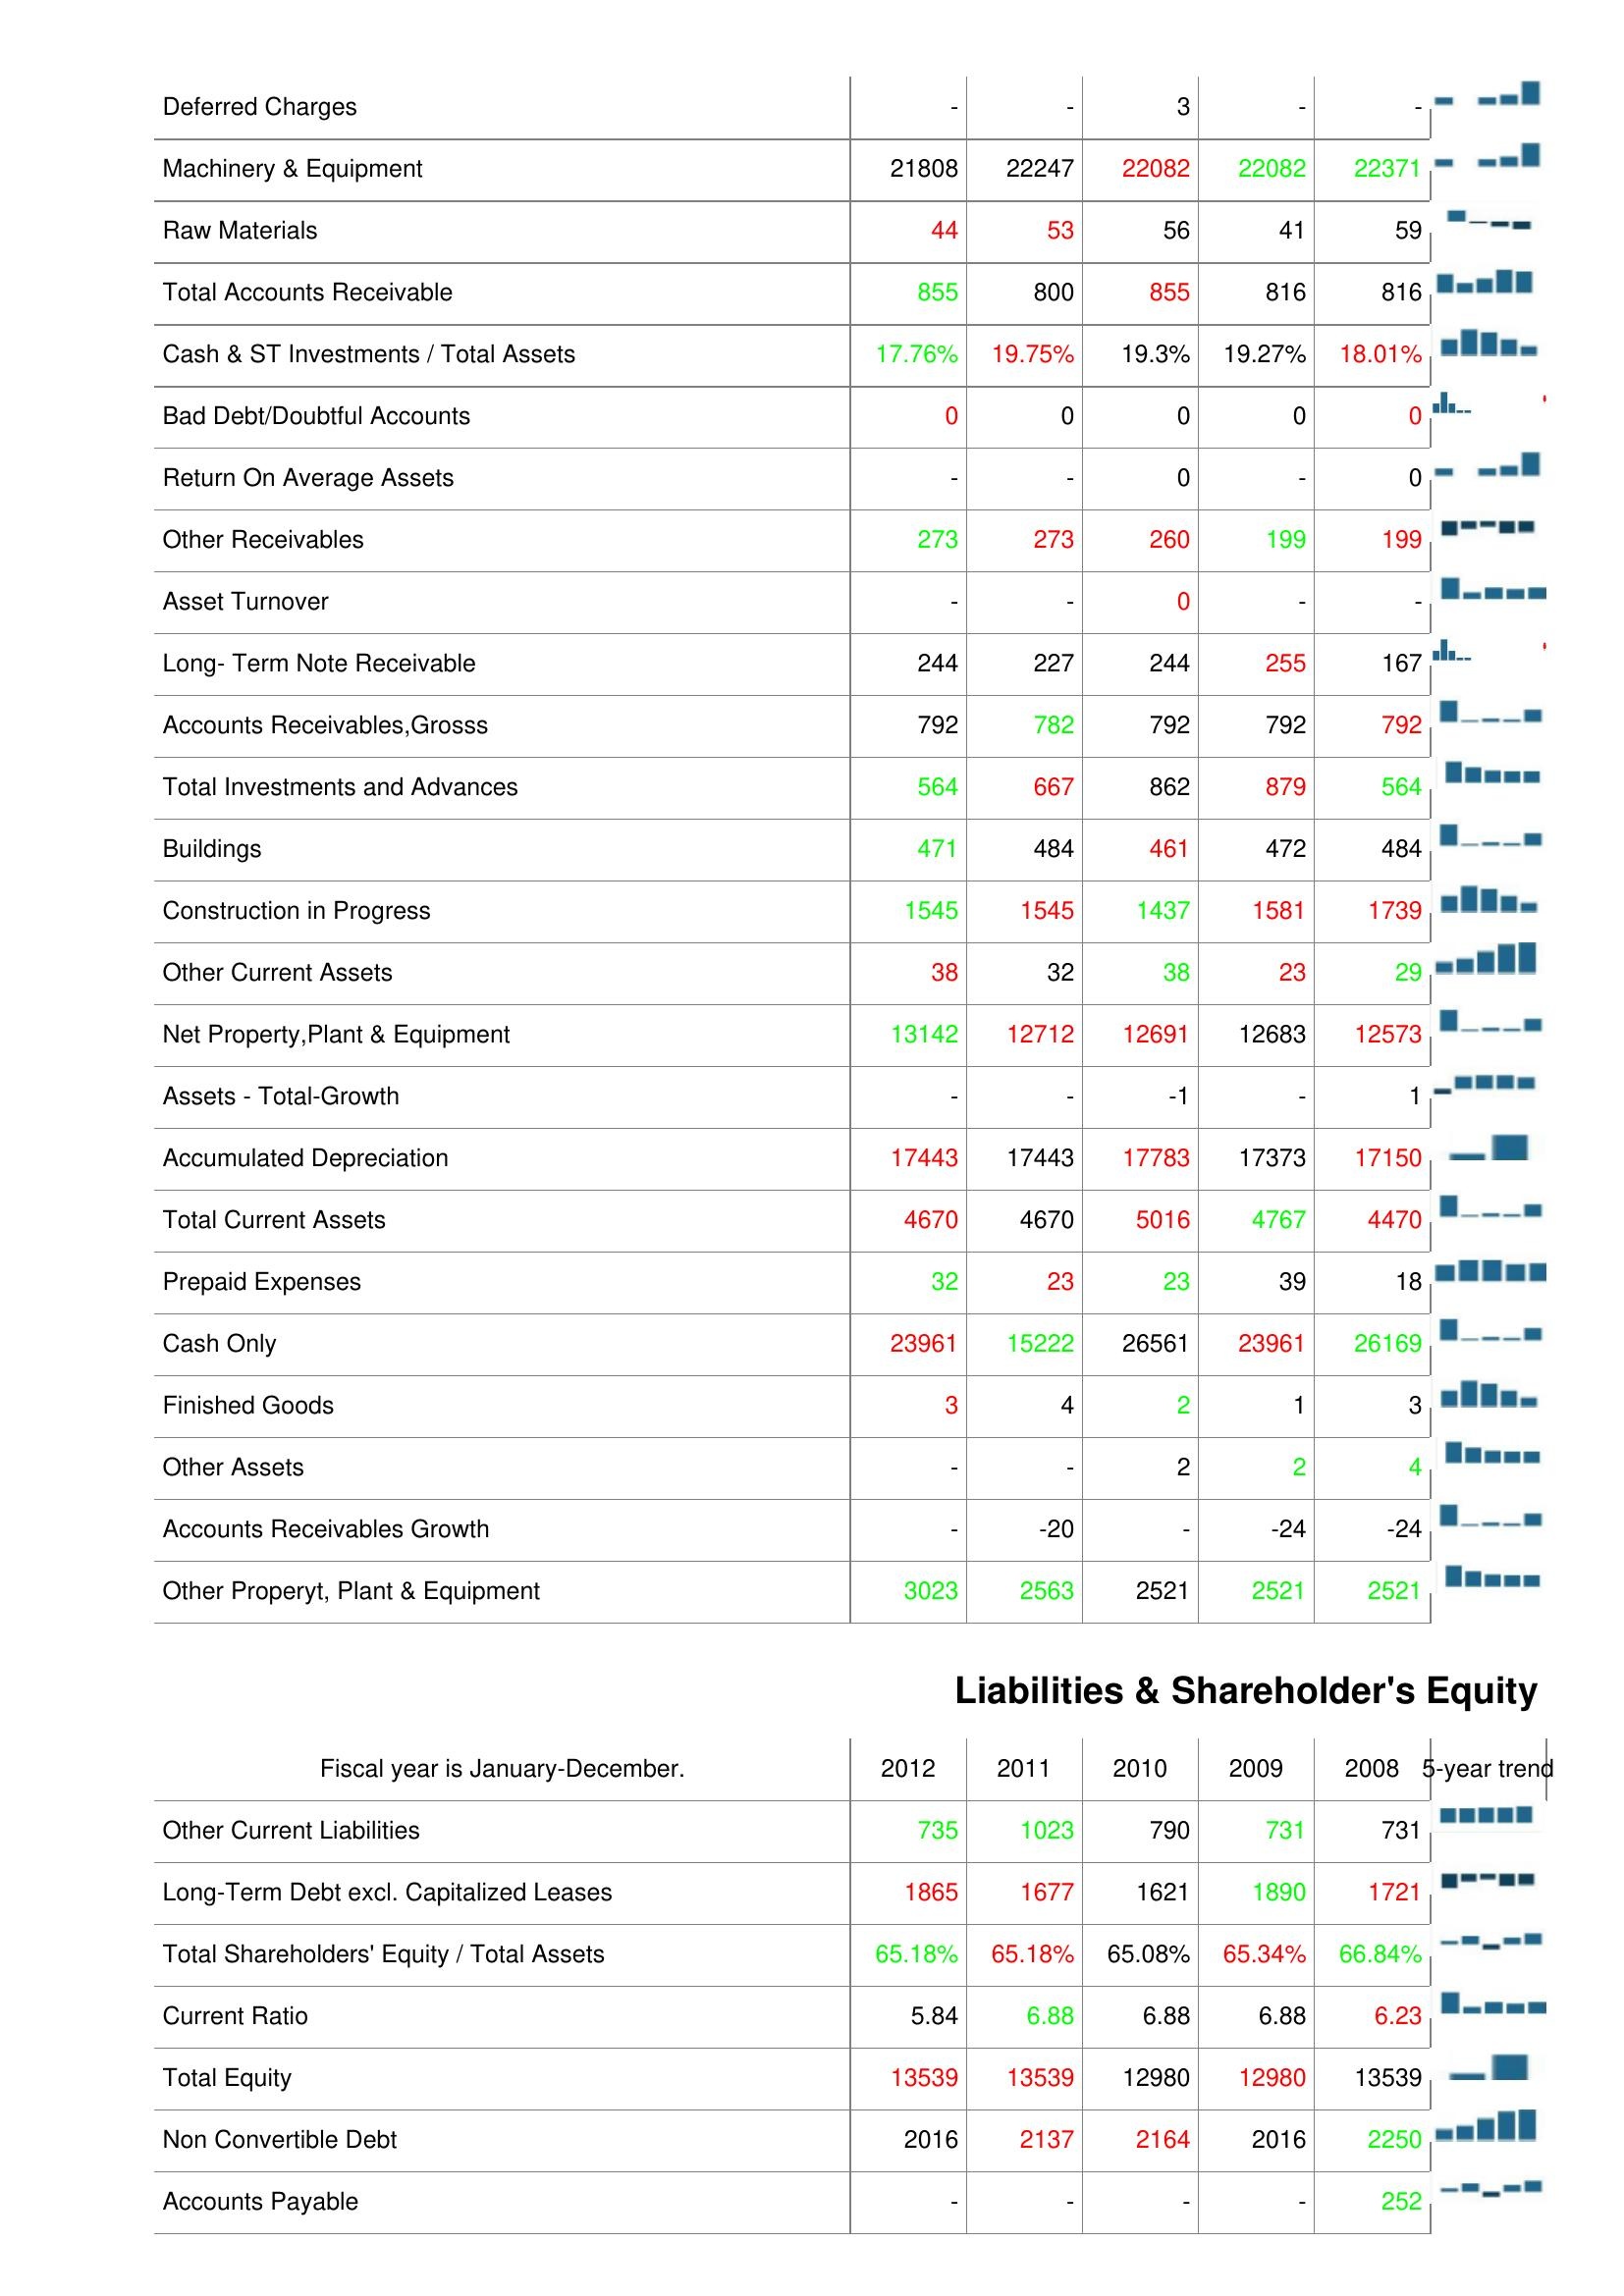
2012: Assets: Deferred Charges: -
Machinery & Equipment: 21808
Raw Materials: 44
Total Accounts Receivable: 855
Cash & ST Investments / Total Assets: 17.76%
Bad Debt/Doubtful Accounts: 0
Return On Average Assets: -
Other Receivables: 273
Asset Turnover: -
Long- Term Note Receivable: 244
Accounts Receivables,Grosss: 792
Total Investments and Advances: 564
Buildings: 471
Construction in Progress: 1545
Other Current Assets: 38
Net Property,Plant & Equipment: 13142
Assets - Total-Growth: -
Accumulated Depreciation: 17443
Total Current Assets: 4670
Prepaid Expenses: 32
Cash Only: 23961
Finished Goods: 3
Other Assets: -
Accounts Receivables Growth: -
Other Properyt, Plant & Equipment: 3023
Liabilities & Shareholder's Equity: Other Current Liabilities: 735
Long-Term Debt excl. Capitalized Leases: 1865
Total Shareholders' Equity / Total Assets: 65.18%
Current Ratio: 5.84
Total Equity: 13539
Non Convertible Debt: 2016
Accounts Payable: -
2011: Assets: Deferred Charges: -
Machinery & Equipment: 22247
Raw Materials: 53
Total Accounts Receivable: 800
Cash & ST Investments / Total Assets: 19.75%
Bad Debt/Doubtful Accounts: 0
Return On Average Assets: -
Other Receivables: 273
Asset Turnover: -
Long- Term Note Receivable: 227
Accounts Receivables,Grosss: 782
Total Investments and Advances: 667
Buildings: 484
Construction in Progress: 1545
Other Current Assets: 32
Net Property,Plant & Equipment: 12712
Assets - Total-Growth: -
Accumulated Depreciation: 17443
Total Current Assets: 4670
Prepaid Expenses: 23
Cash Only: 15222
Finished Goods: 4
Other Assets: -
Accounts Receivables Growth: -20
Other Properyt, Plant & Equipment: 2563
Liabilities & Shareholder's Equity: Other Current Liabilities: 1023
Long-Term Debt excl. Capitalized Leases: 1677
Total Shareholders' Equity / Total Assets: 65.18%
Current Ratio: 6.88
Total Equity: 13539
Non Convertible Debt: 2137
Accounts Payable: -
2010: Assets: Deferred Charges: 3
Machinery & Equipment: 22082
Raw Materials: 56
Total Accounts Receivable: 855
Cash & ST Investments / Total Assets: 19.3%
Bad Debt/Doubtful Accounts: 0
Return On Average Assets: 0
Other Receivables: 260
Asset Turnover: 0
Long- Term Note Receivable: 244
Accounts Receivables,Grosss: 792
Total Investments and Advances: 862
Buildings: 461
Construction in Progress: 1437
Other Current Assets: 38
Net Property,Plant & Equipment: 12691
Assets - Total-Growth: -1
Accumulated Depreciation: 17783
Total Current Assets: 5016
Prepaid Expenses: 23
Cash Only: 26561
Finished Goods: 2
Other Assets: 2
Accounts Receivables Growth: -
Other Properyt, Plant & Equipment: 2521
Liabilities & Shareholder's Equity: Other Current Liabilities: 790
Long-Term Debt excl. Capitalized Leases: 1621
Total Shareholders' Equity / Total Assets: 65.08%
Current Ratio: 6.88
Total Equity: 12980
Non Convertible Debt: 2164
Accounts Payable: -
2009: Assets: Deferred Charges: -
Machinery & Equipment: 22082
Raw Materials: 41
Total Accounts Receivable: 816
Cash & ST Investments / Total Assets: 19.27%
Bad Debt/Doubtful Accounts: 0
Return On Average Assets: -
Other Receivables: 199
Asset Turnover: -
Long- Term Note Receivable: 255
Accounts Receivables,Grosss: 792
Total Investments and Advances: 879
Buildings: 472
Construction in Progress: 1581
Other Current Assets: 23
Net Property,Plant & Equipment: 12683
Assets - Total-Growth: -
Accumulated Depreciation: 17373
Total Current Assets: 4767
Prepaid Expenses: 39
Cash Only: 23961
Finished Goods: 1
Other Assets: 2
Accounts Receivables Growth: -24
Other Properyt, Plant & Equipment: 2521
Liabilities & Shareholder's Equity: Other Current Liabilities: 731
Long-Term Debt excl. Capitalized Leases: 1890
Total Shareholders' Equity / Total Assets: 65.34%
Current Ratio: 6.88
Total Equity: 12980
Non Convertible Debt: 2016
Accounts Payable: -
2008: Assets: Deferred Charges: -
Machinery & Equipment: 22371
Raw Materials: 59
Total Accounts Receivable: 816
Cash & ST Investments / Total Assets: 18.01%
Bad Debt/Doubtful Accounts: 0
Return On Average Assets: 0
Other Receivables: 199
Asset Turnover: -
Long- Term Note Receivable: 167
Accounts Receivables,Grosss: 792
Total Investments and Advances: 564
Buildings: 484
Construction in Progress: 1739
Other Current Assets: 29
Net Property,Plant & Equipment: 12573
Assets - Total-Growth: 1
Accumulated Depreciation: 17150
Total Current Assets: 4470
Prepaid Expenses: 18
Cash Only: 26169
Finished Goods: 3
Other Assets: 4
Accounts Receivables Growth: -24
Other Properyt, Plant & Equipment: 2521
Liabilities & Shareholder's Equity: Other Current Liabilities: 731
Long-Term Debt excl. Capitalized Leases: 1721
Total Shareholders' Equity / Total Assets: 66.84%
Current Ratio: 6.23
Total Equity: 13539
Non Convertible Debt: 2250
Accounts Payable: 252